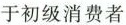
于初级消费者